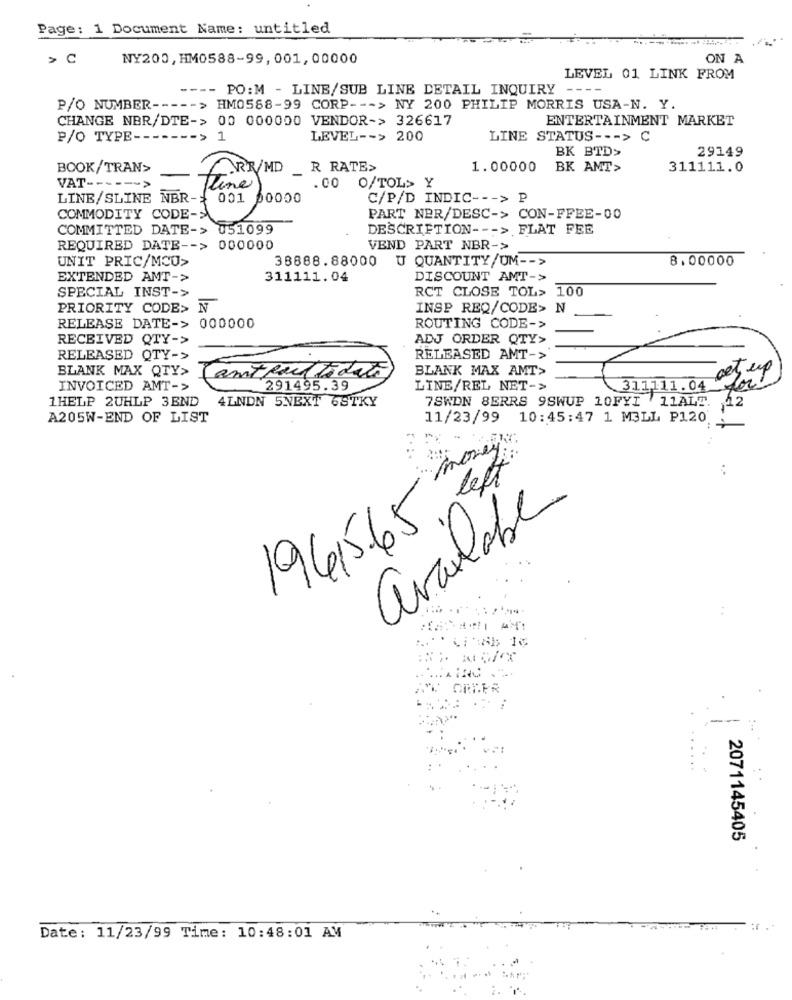
Page: 1 Document Name: untitled
> C
NY200, HM0588-99, 001, 00000
ON A
LEVEL 01 LINK FROM
---- PO: M - LINE/SUB LINE DETAIL INQUIRY --
P/O NUMBER ----- > HM0588-99 CORP --- > NY 200 PHILIP MORRIS USA-N. Y.
CHANGE NBR/DTE-> 00 000000 VENDOR-> 326617
ENTERTAINMENT MARKET
P/O TYPE ------- > 1
LEVEL -- > 200
LINE STATUS --- > C
BK BTD>
29149
BOOK/TRAN>
RR/MD
R RATE>
1.00000
BK AMT>
311111.0
VAT -----
.00 O/TOL> Y
LINE/SLINE NBR-
C/P/D INDIC --- > P
COMMODITY CODE->
F30 00
PART NER/DESC-> CON-FFEE-00
COMMITTED DATE-> 051099
DESCRIPTION --- > FLAT FEE
REQUIRED DATE -- > 000000
VEND PART NBR->
UNIT PRIC/MCU>
38888.88000 U QUANTITY/UM -- >
B.00000
EXTENDED AMT->
311111.04
DISCOUNT AMT->
SPECIAL INST->
RCT CLOSE TOL> 100
PRIORITY CODE> N
INSP REQ/CODE> N
RELEASE DATE-> 000000
ROUTING CODE->
RECEIVED QTY->
ADJ ORDER QTY>
RELEASED QTY->
RELEASED AMT->
BLANK MAX QTY>
BLANK MAX AMT>
set up
Cant fail to date
INVOICED AMT->
291495.39
LINE/REL NET->
311111.04
1HELP 2UHLP 3END
4LNDN 5NEXT 6STKY
7SWON 8ERRS 9SWUP 10FYI 11ALE. 12
A205W-END OF LIST
11/23/99
10:45:47 1 M3LL P120
N -
Money
left
..
available
194565 .
2071145405
Date: 11/23/99 Time: 10:48:01 AM